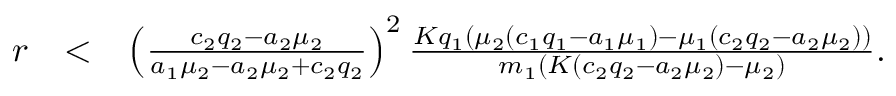
\begin{array} { r l r } { r } & { < } & { \left( \frac { c _ { 2 } q _ { 2 } - a _ { 2 } \mu _ { 2 } } { a _ { 1 } \mu _ { 2 } - a _ { 2 } \mu _ { 2 } + c _ { 2 } q _ { 2 } } \right) ^ { 2 } \frac { K q _ { 1 } ( \mu _ { 2 } ( c _ { 1 } q _ { 1 } - a _ { 1 } \mu _ { 1 } ) - \mu _ { 1 } ( c _ { 2 } q _ { 2 } - a _ { 2 } \mu _ { 2 } ) ) } { m _ { 1 } ( K ( c _ { 2 } q _ { 2 } - a _ { 2 } \mu _ { 2 } ) - \mu _ { 2 } ) } . } \end{array}